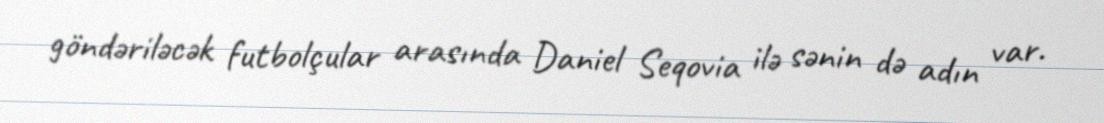
göndəriləcək futbolçular arasında Daniel Seqovia ilə sənin də adın var.